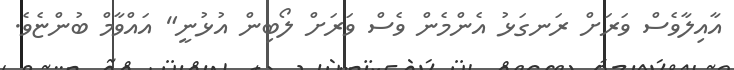
އާއިލާވެސް ވަރަށް ރަނގަޅު އެންމެން ވެސް ވަރަށް ލޯބިން އުޅުނީ" އައްވާމް ބުންޏެވެ.